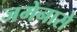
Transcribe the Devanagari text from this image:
जमेनासे